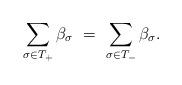
LaTeX: \begin{align*}\sum_{\sigma\in T_+} \beta_\sigma \,\,=\,\, \sum_{\sigma\in T_-} \beta_\sigma. \end{align*}